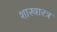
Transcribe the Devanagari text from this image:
शास्त्रारत्र